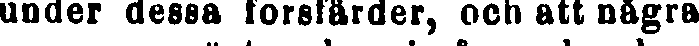
under dessa forsfärder, och att några